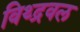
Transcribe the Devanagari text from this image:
विथ्द्रवल